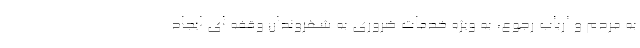
به مردم و ارباب رجوع، به ویژه خدمات ضروری به شهروندان وقفه ای ایجاد